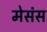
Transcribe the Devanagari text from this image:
मेसंस